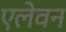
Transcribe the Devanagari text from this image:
एलेवन